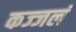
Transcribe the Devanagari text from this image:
कज्जलं